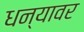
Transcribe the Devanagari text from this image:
धन्यावर